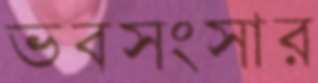
ভবসংসার